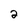
Character: 2